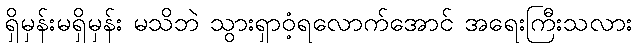
ရှိမှန်းမရှိမှန်း မသိဘဲ သွားရှာဝံ့ရလောက်အောင် အရေးကြီးသလား